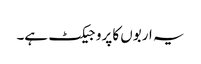
یہ اربوں کا پروجیکٹ ہے۔